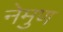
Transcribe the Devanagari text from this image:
नेमुण